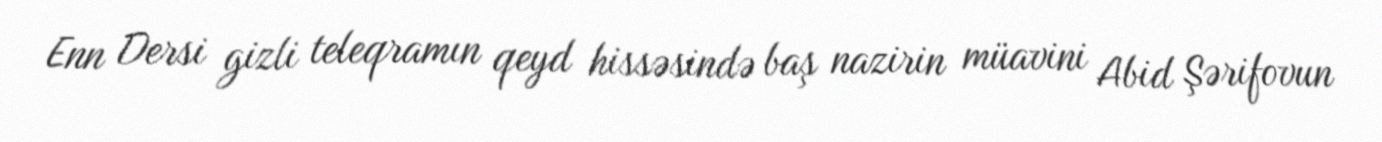
Enn Dersi gizli teleqramın qeyd hissəsində baş nazirin müavini Abid Şərifovun